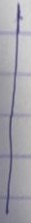
|